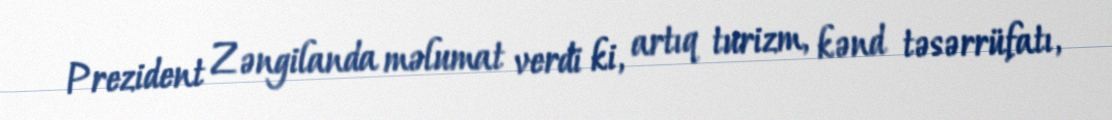
Prezident Zəngilanda məlumat verdi ki, artıq turizm, kənd təsərrüfatı,